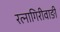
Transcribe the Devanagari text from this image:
रत्‍नागिरीवाङी